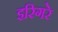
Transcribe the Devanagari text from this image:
इरिगरे